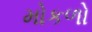
મોકળો